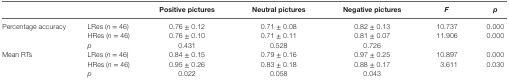
|  |  | Positive pictures | Neutral pictures | Negative pictures | F | p |
 | --- | --- | --- | --- | --- | --- | --- |
 | <ROWSPAN=3> Percentage accuracy | LRes (n = 46) | 0.76 ± 0.12 | 0.71 ± 0.08 | 0.82 ± 0.13 | 10.737 | 0.000 |
 | HRes (n = 46) | 0.76 ± 0.10 | 0.71 ± 0.11 | 0.81 ± 0.07 | 11.906 | 0.000 |
 | p | 0.431 | 0.528 | 0.726 |  |  |
 | <ROWSPAN=3> Mean RTs | LRes (n = 46) | 0.84 ± 0.15 | 0.79 ± 0.16 | 0.97 ± 0.25 | 10.897 | 0.000 |
 | HRes (n = 46) | 0.95 ± 0.26 | 0.83 ± 0.18 | 0.88 ± 0.17 | 3.611 | 0.030 |
 | p | 0.022 | 0.058 | 0.043 |  |  |